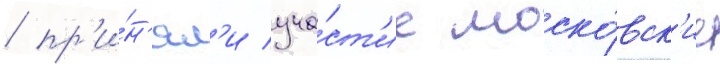
/ пр'и́н'ял'и уча́ст'ие моско́вск'ие